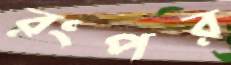
রংপর